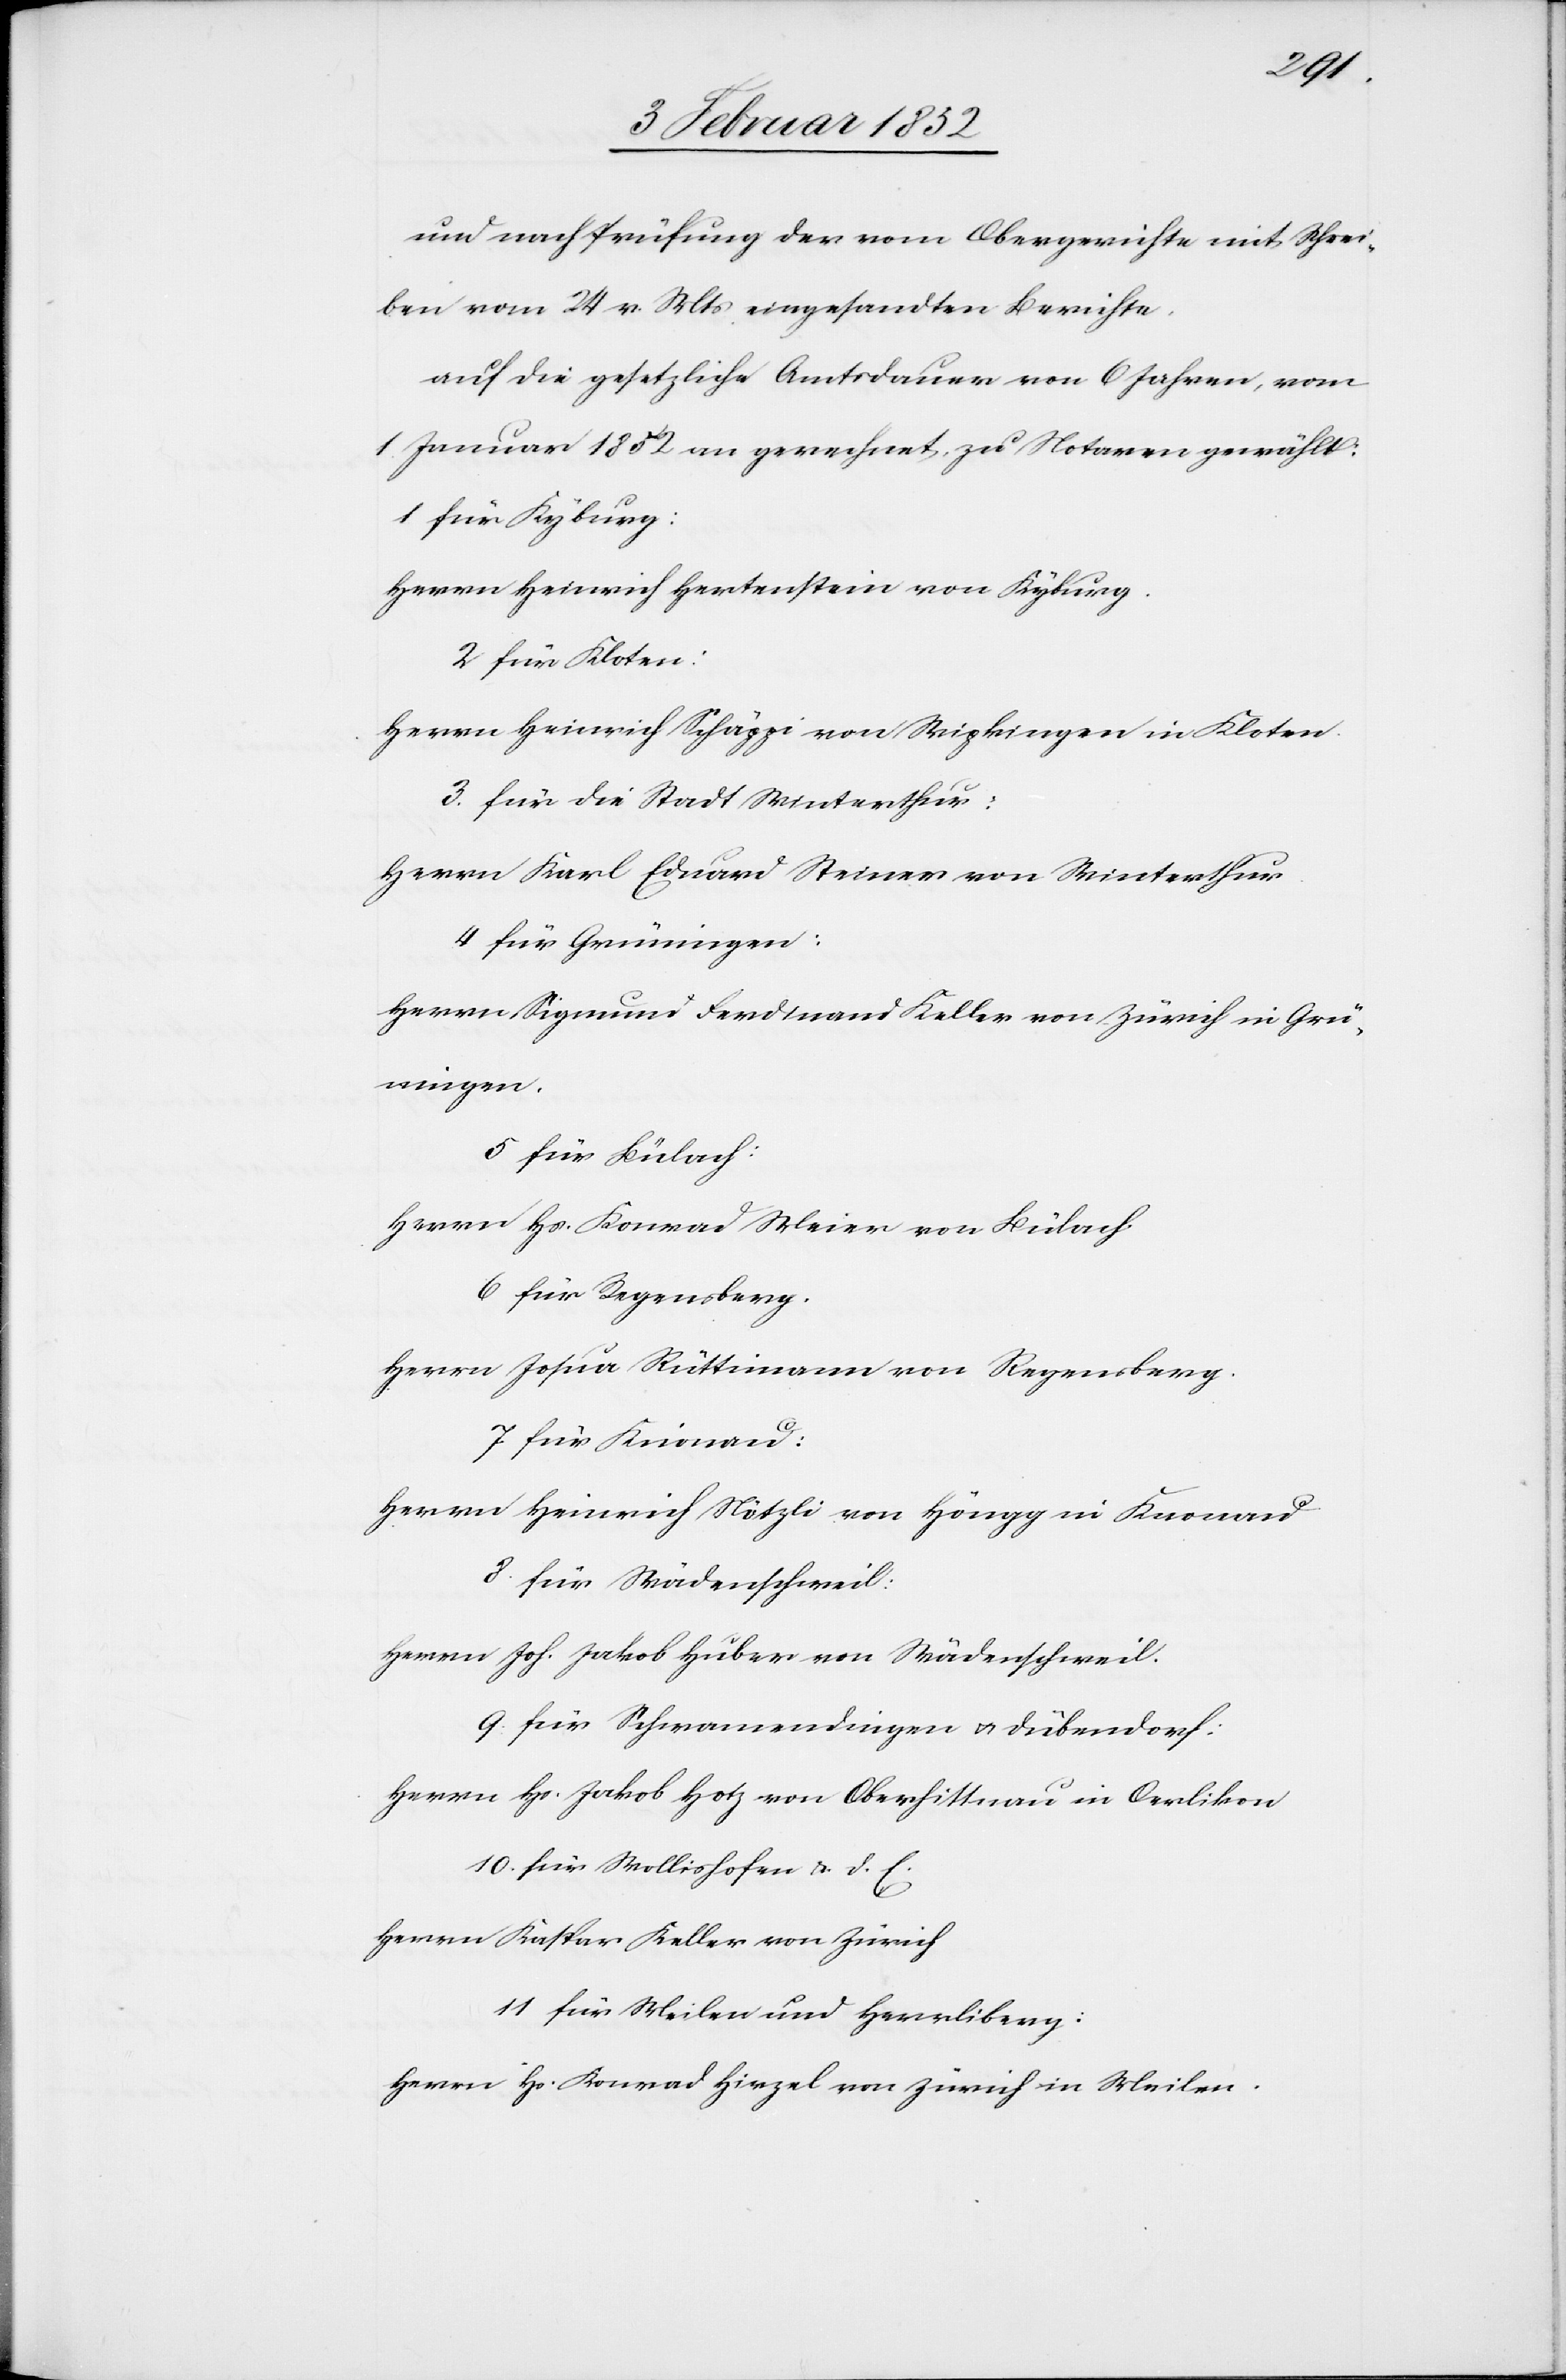
und nach Prüfung der vom Obergericht mit Schrei¬
ben vom 24. v. Mts eingesandten Berichte,
auf die gesetzliche Amtsdauer von 6 Jahren, vom
1. Januar 1852 an gerechnet, zu Notaren gewählt:
1 für Kyburg:
Herrn Heinrich Hertenstein von Kyburg.
2 für Kloten:
Herrn Heinrich Schäppi von Wipkingen in Kloten
3. für die Stadt Winterthur:
Herrn Karl Eduard Steiner von Winterthur.
4 für Grüningen:
Herrn Sigmund Ferdinand Keller von zürich in Grü¬
ningen.
5 für Bülach:
Herrn Hs. Konrad Meier von Bülach
6 für Regensberg.
Herrn Josua Rüttimann von Regensberg.
7 für Knonau:
Herrn Heinrich Nötzli von Höngg in Knonau
8. für Wädenschweil:
Herrn Joh. Jakob Huber von Wädenschweil.
9. für Schwamendingen u. Dübendorf:
Herrn Hs. Jakob Hotz von Oberhittnau in Oerlikon
10. für Wollishofen u. d. E.
Herrn Kaspar Keller von Zürich
11 für Meilen und Herrliberg:
Herrn Hs. Konrad Hirzel von Zürich in Meilen.